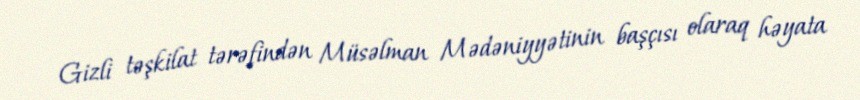
Gizli təşkilat tərəfindən Müsəlman Mədəniyyətinin başçısı olaraq həyata